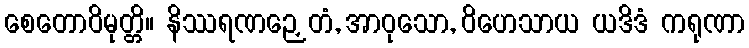
စေတောဝိမုတ္တိ။ နိဿရဏဉှေတံ, အာဝုသော, ဝိဟေသာယ ယဒိဒံ ကရုဏာ